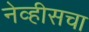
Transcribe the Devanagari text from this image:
नेव्हीसचा